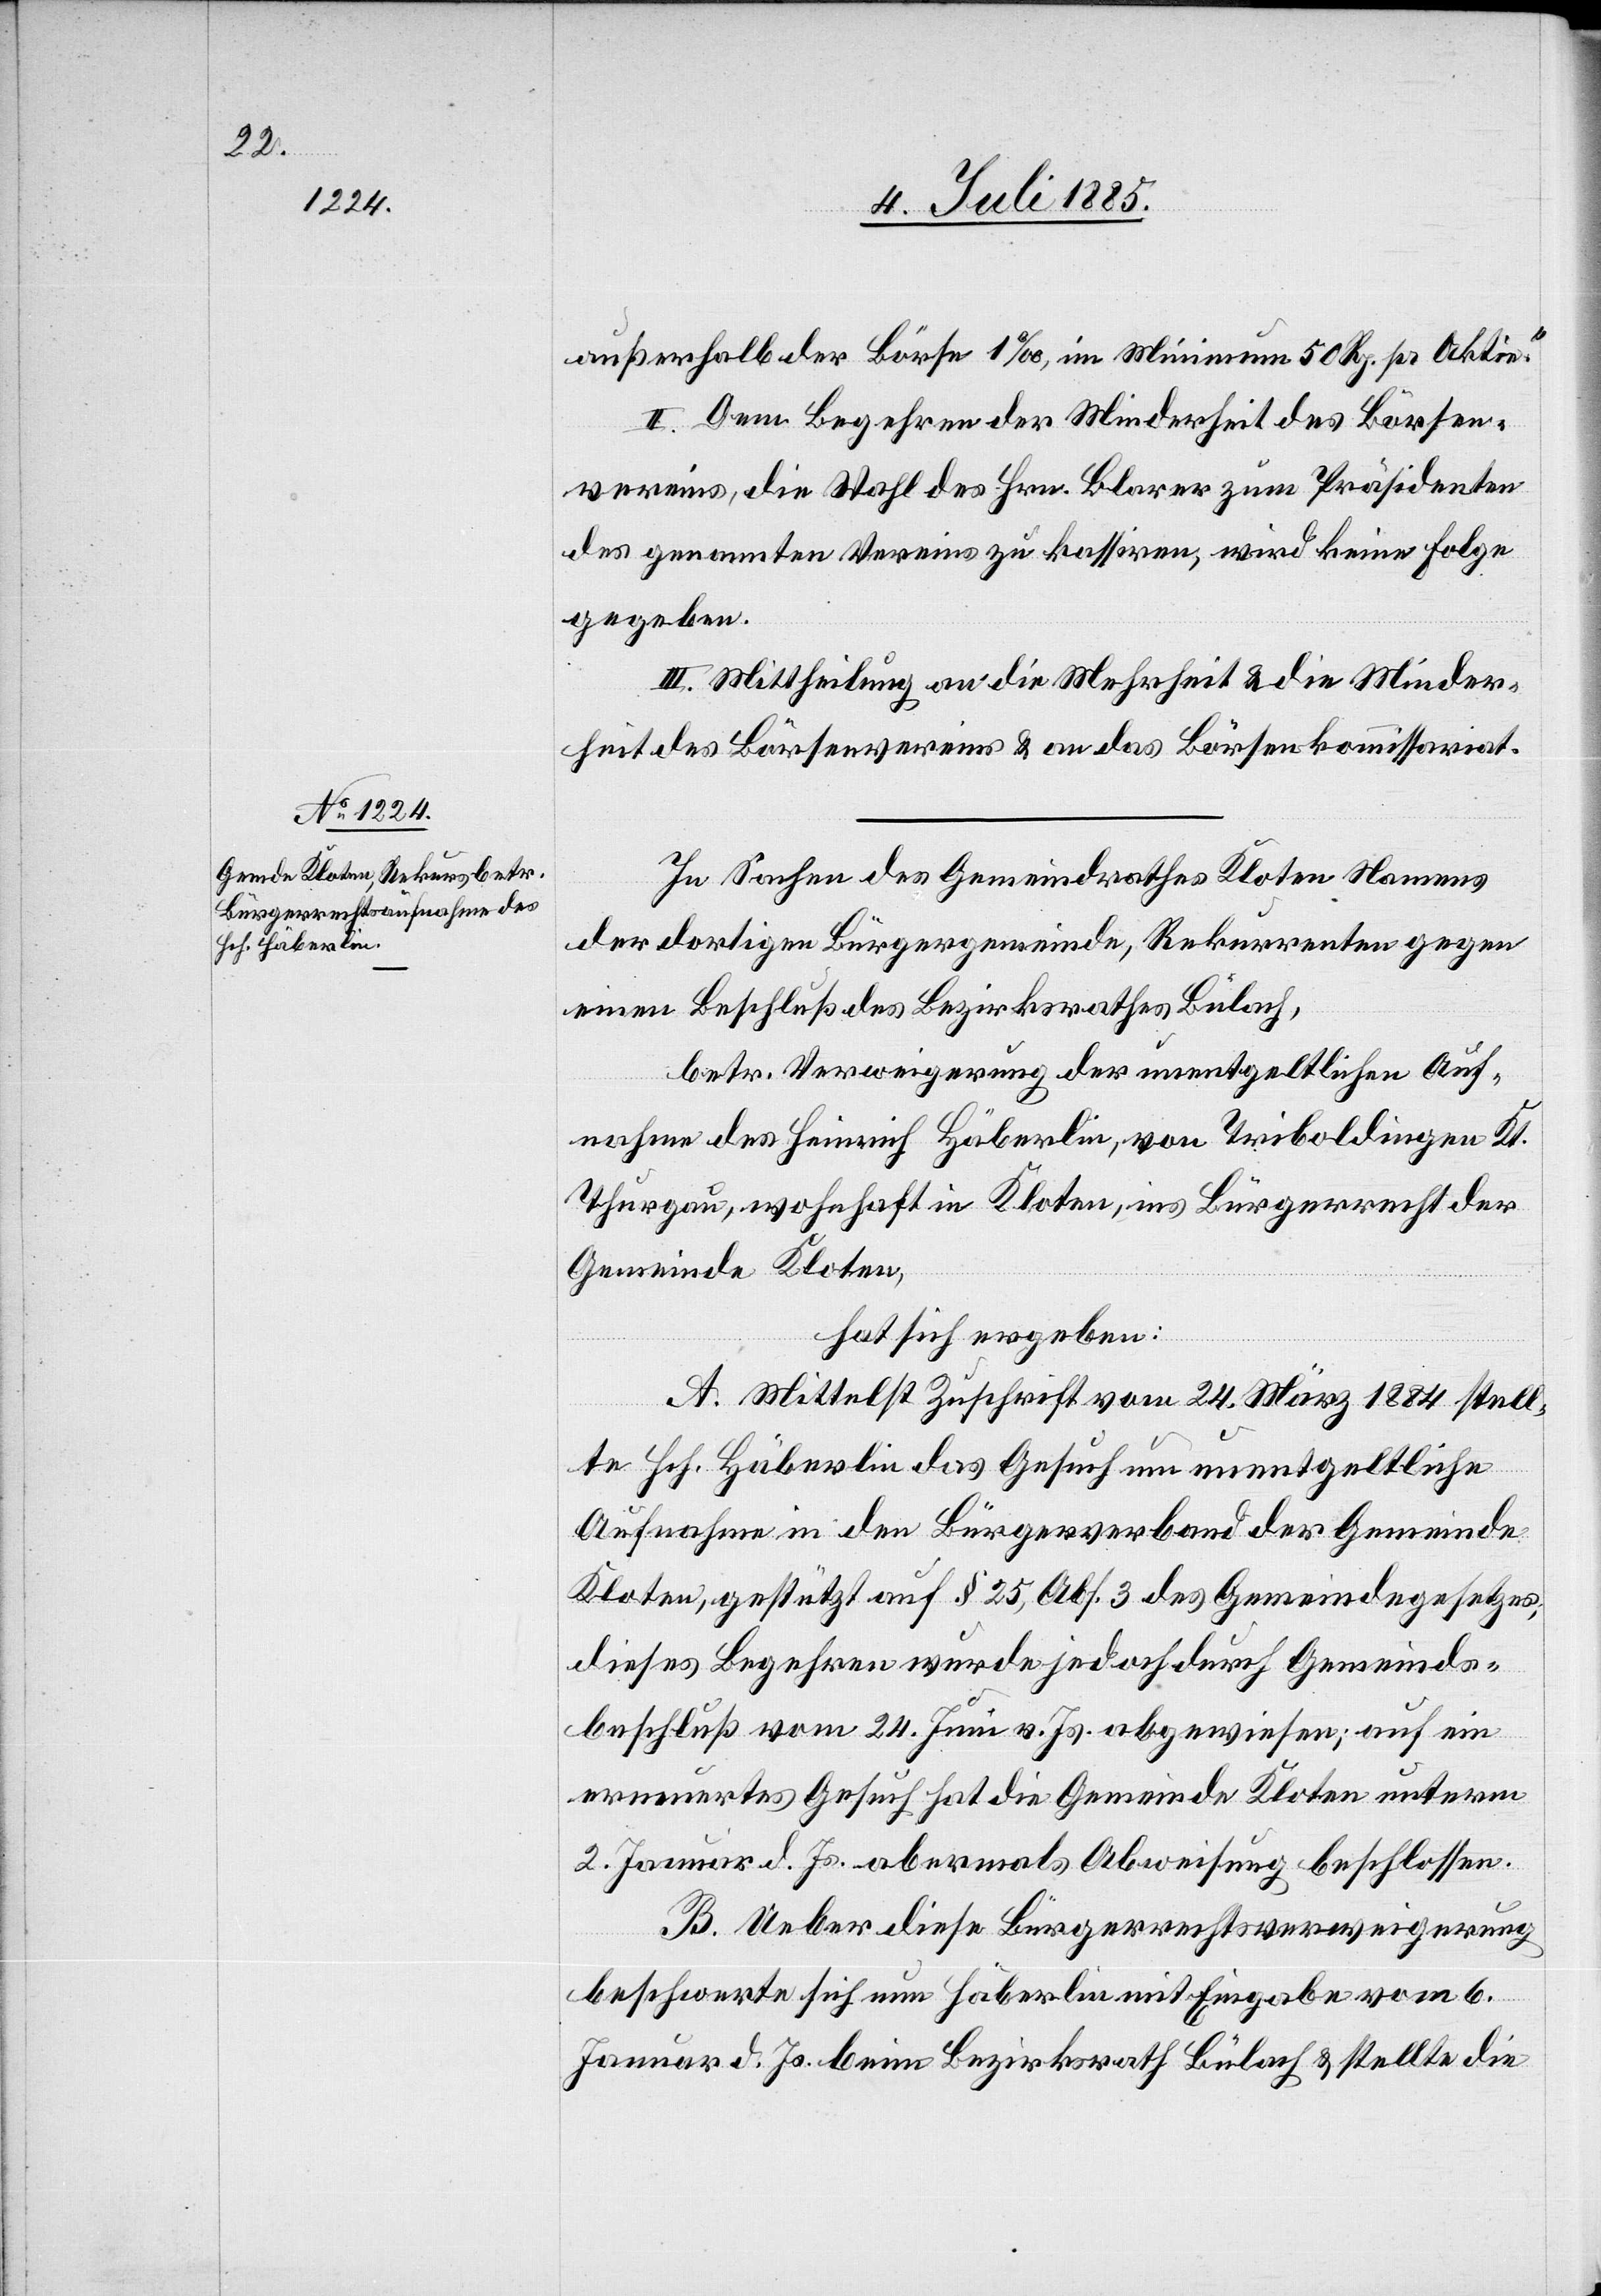
außerhalb der Börse 1‰, im Minimum 50 Rp. pr. Aktie.“
II. Dem Begehren der Minderheit des Börsen¬
vereins, die Wahl des Hrn. Blarer zum Präsidenten
des genannten Vereins zu kassiren, wird keine Folge
gegeben.
III. Mittheilung an die Mehrheit & die Minder¬
heit des Börsenvereins & an das Börsenkommissariat.
In Sachen des Gemeindrathes Kloten Namens
der dortigen Bürgergemeinde, Rekurrenten gegen
einen Beschluß des Bezirksrathes Bülach,
betr. Verweigerung der unentgeltlichen Auf¬
nahme des Heinrich Häberlin, von Triboldingen Kt.
Thurgau, wohnhaft in Kloten, ins Bürgerrecht der
Gemeinde Kloten,
hat sich ergeben:
A. Mittelst Zuschrift vom 24. März 1884 stell¬
te Hch. Häberlin das Gesuch um unentgeltliche
Aufnahme in den Bürgerverband der Gemeinde
Kloten, gestützt auf § 25, Abs. 3 des Gemeindegesetzes,
dieses Begehren wurde jedoch durch Gemeinds¬
beschluß vom 24. Juni v. Js. abgewiesen; auf ein
erneuertes Gesuch hat die Gemeinde Kloten unterm
2. Januar d. Js. abermals Abweisung beschlossen.
B. Ueber diese Bürgerrechtsverweigerung
beschwerte sich nun Häberlin mit Eingabe vom 6.
Januar d. Js. beim Bezirksrath Bülach & stellte die